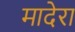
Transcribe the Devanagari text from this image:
मादेरा